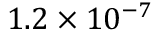
1 . 2 \times 1 0 ^ { - 7 }